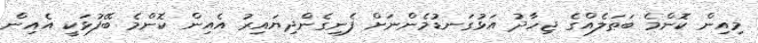
މިއިން ކޮންމެ ބަޠަލެއްގެ ޖިހާދު އަޅުގަނޑުމެންނަށް ފެނިގެންދިޔައިރު އެއިން ކޮންމެ ބޭފުޅަކީ އެއިން